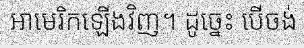
អាមេរិកឡើងវិញ។ ដូច្នេះ បើចង់